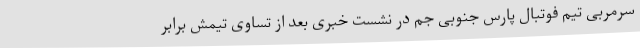
سرمربی تیم فوتبال پارس جنوبی جم در نشست خبری بعد از تساوی تیمش برابر